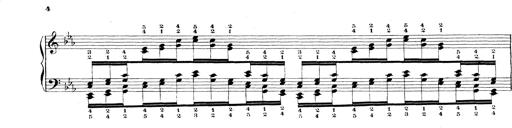
Title: Technische Studien
Composer: Franz Liszt